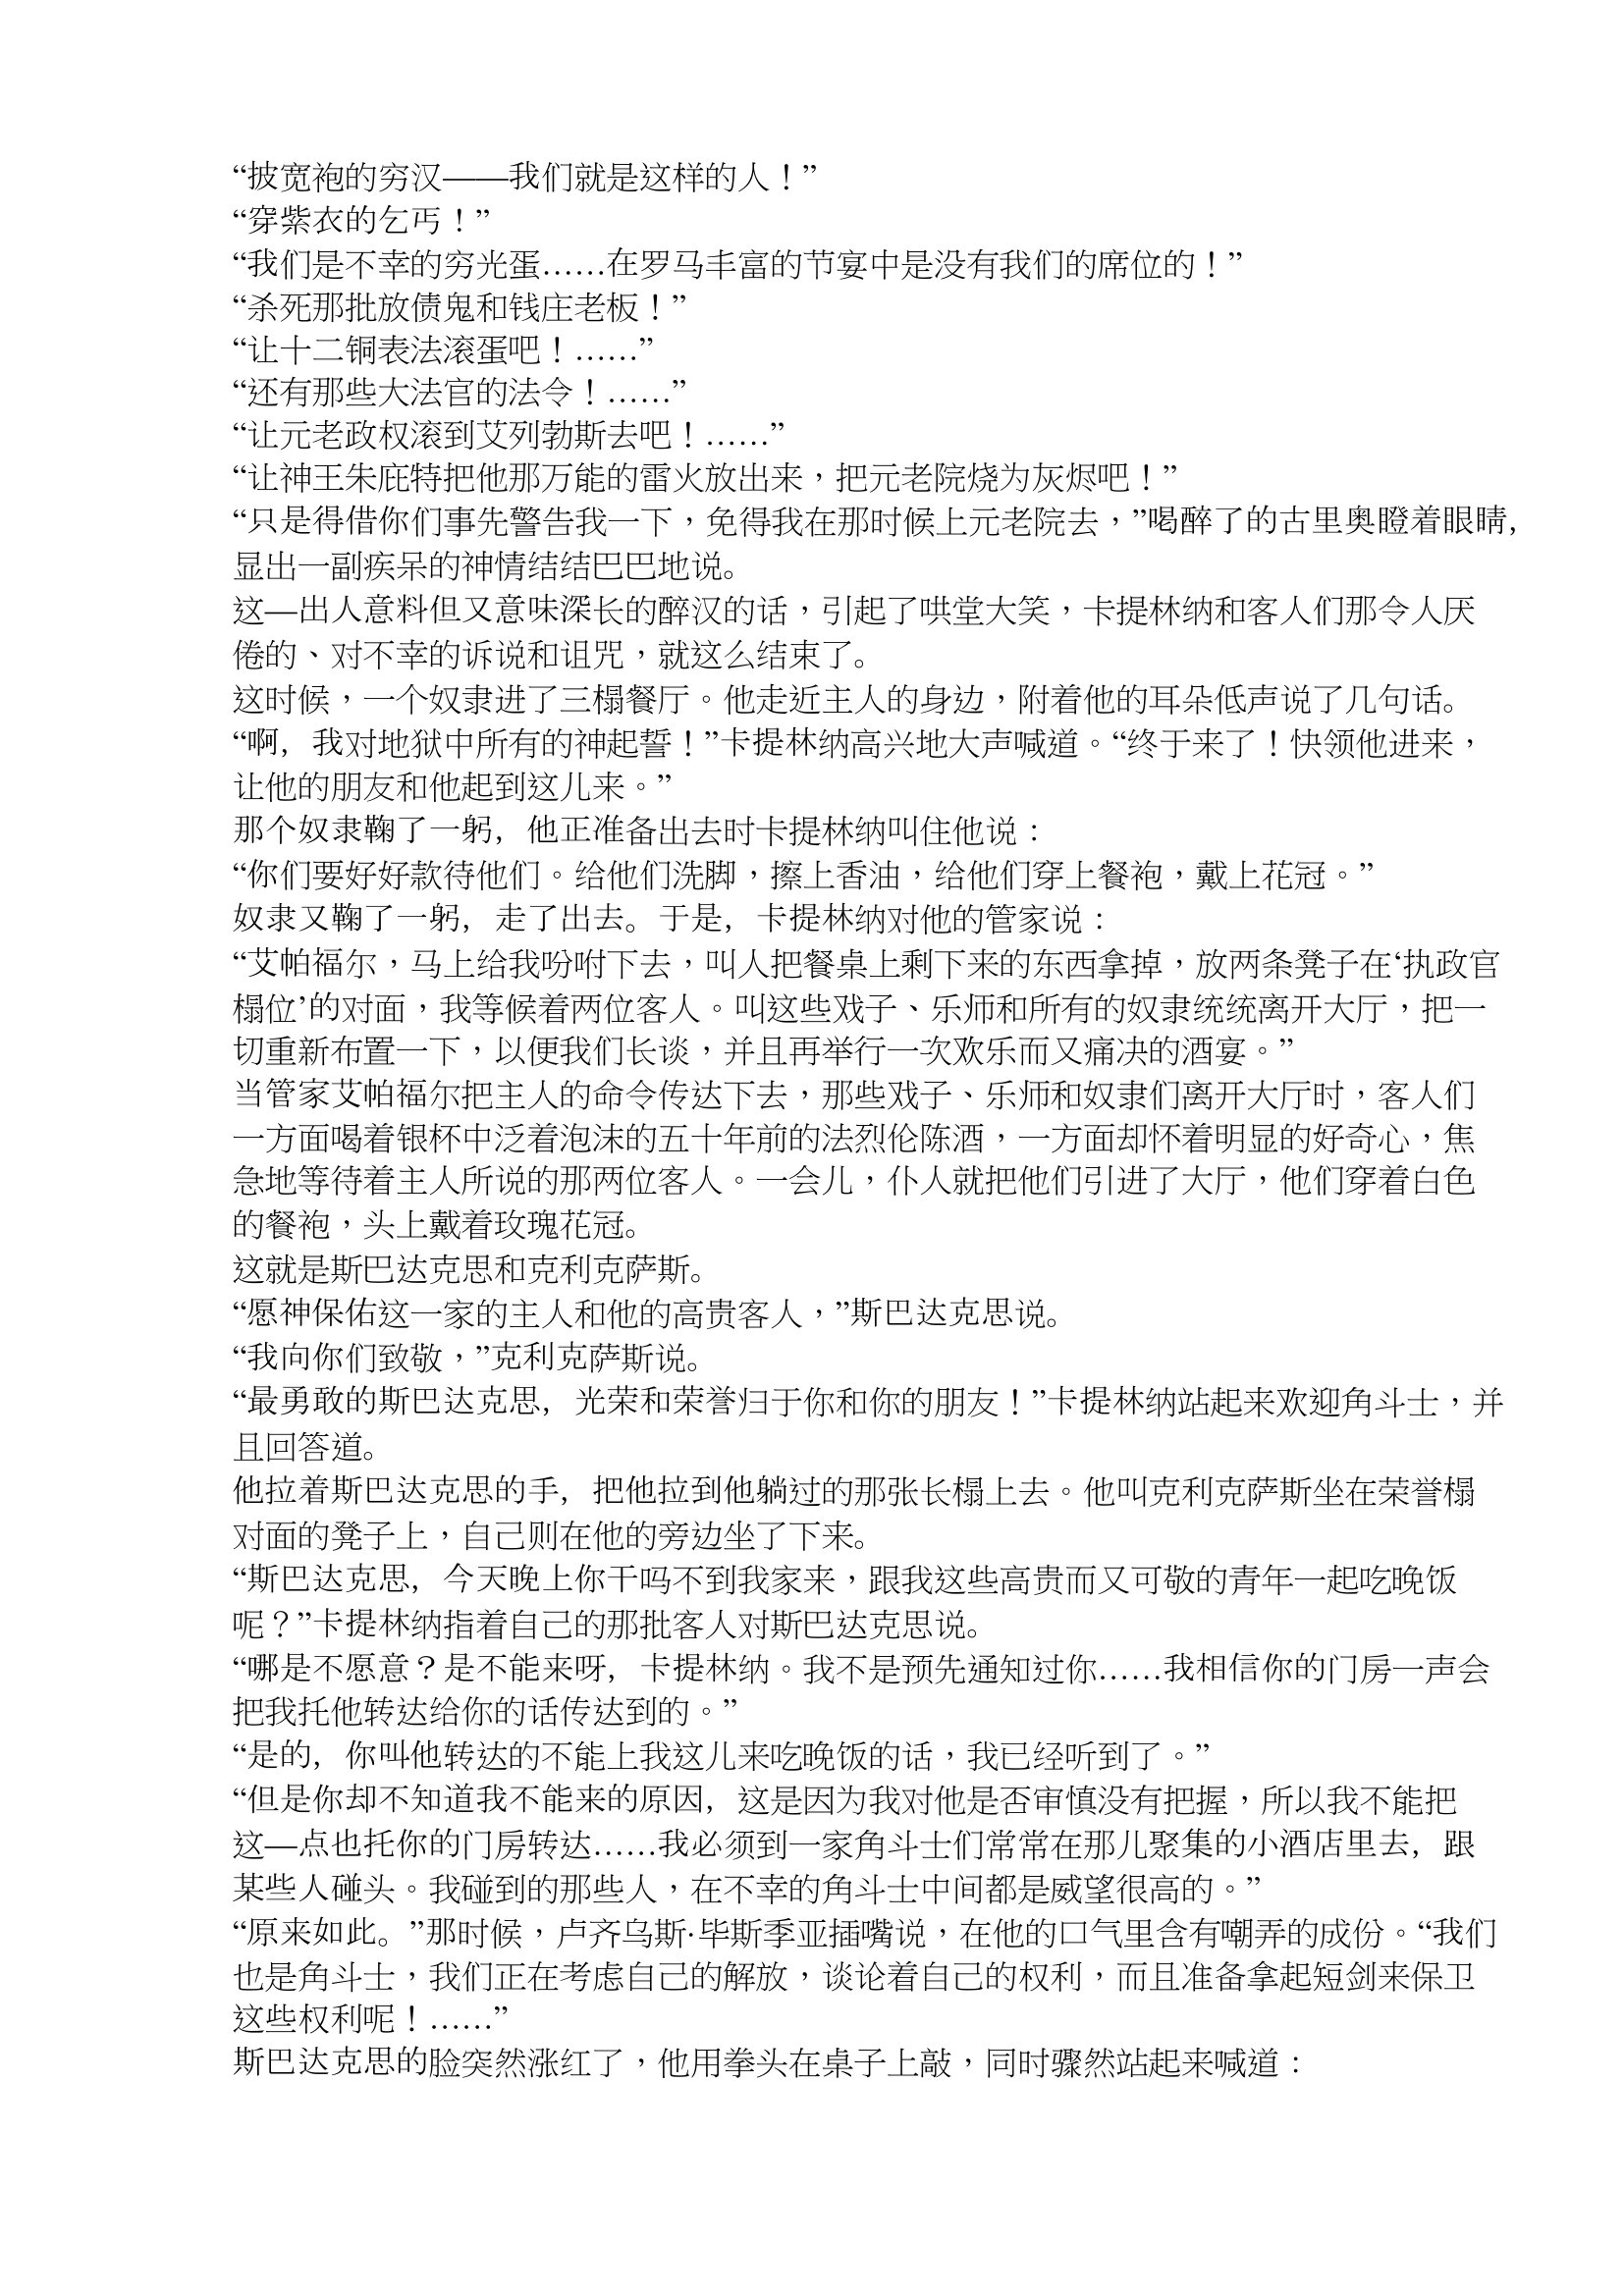
Language: zh